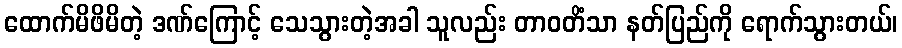
ထောက်မိဖိမိတဲ့ ဒဏ်ကြောင့် သေသွားတဲ့အခါ သူလည်း တာဝတိံသာ နတ်ပြည်ကို ရောက်သွားတယ်၊